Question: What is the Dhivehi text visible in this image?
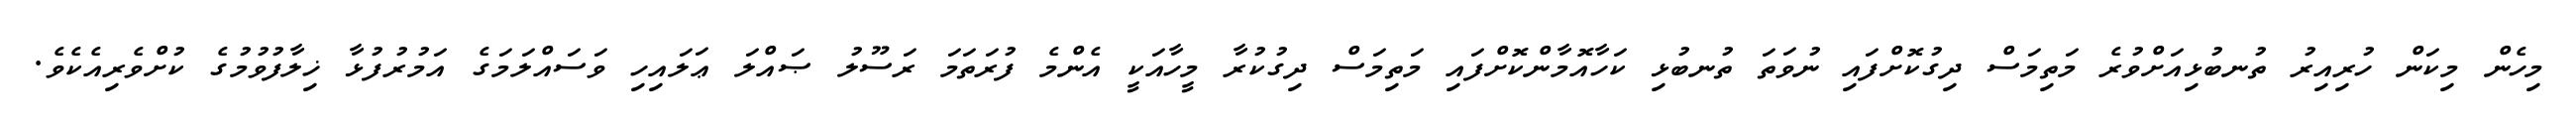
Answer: މިހެން މިކަން ހުރިއިރު ތުނބުޅިއަށްވުރެ މަތިމަސް ދިގުކޮށްފައި ނުވަތަ ތުނބުޅި ކަހާއޮމާންކޮށްފައި މަތިމަސް ދިގުކުރާ މީހާއަކީ އެންމެ ފުރަތަމަ ރަސޫލު ޞައްލަ ޢަލައިހި ވަސައްލަމަގެ އަމުރުފުޅާ ޚިލާފުވުމުގެ ކުށްވެރިއެކެވެ.